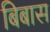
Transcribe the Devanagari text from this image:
बिबास